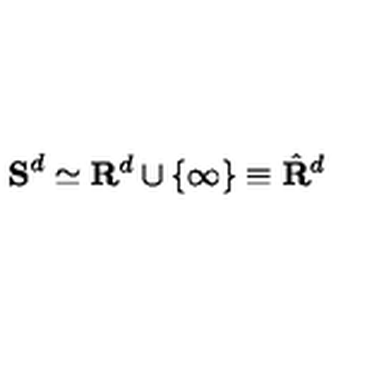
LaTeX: { \bf S } ^ { d } \simeq { \bf R } ^ { d } \cup \{ \infty \} \equiv \hat { { \bf R } } ^ { d }